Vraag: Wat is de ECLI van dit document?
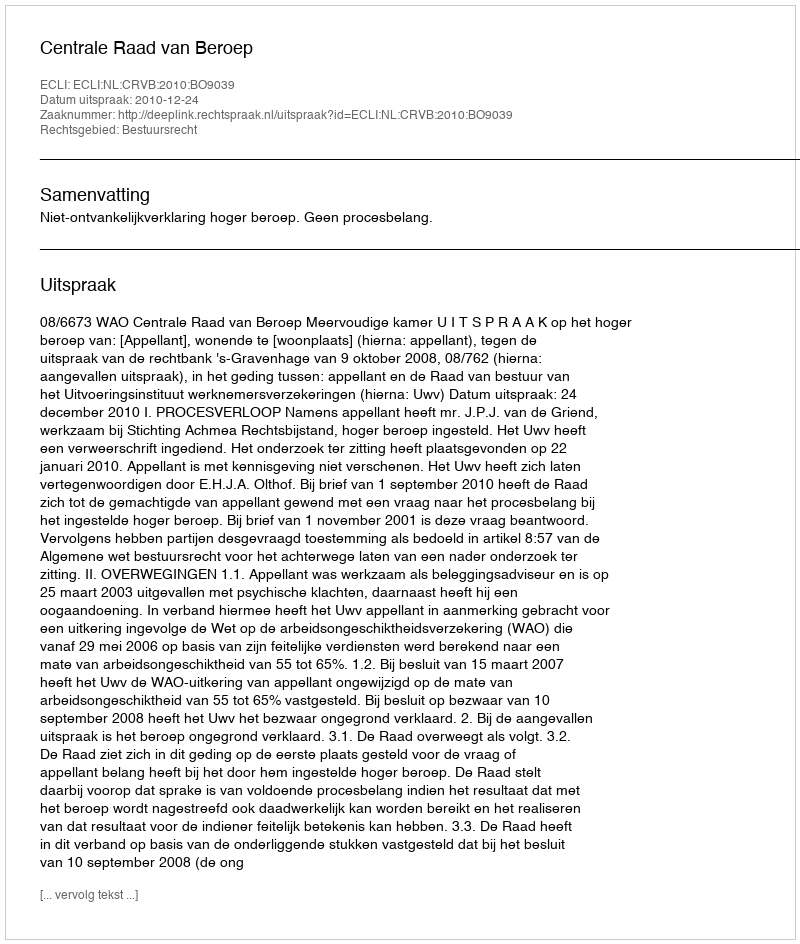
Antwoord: ECLI:NL:CRVB:2010:BO9039